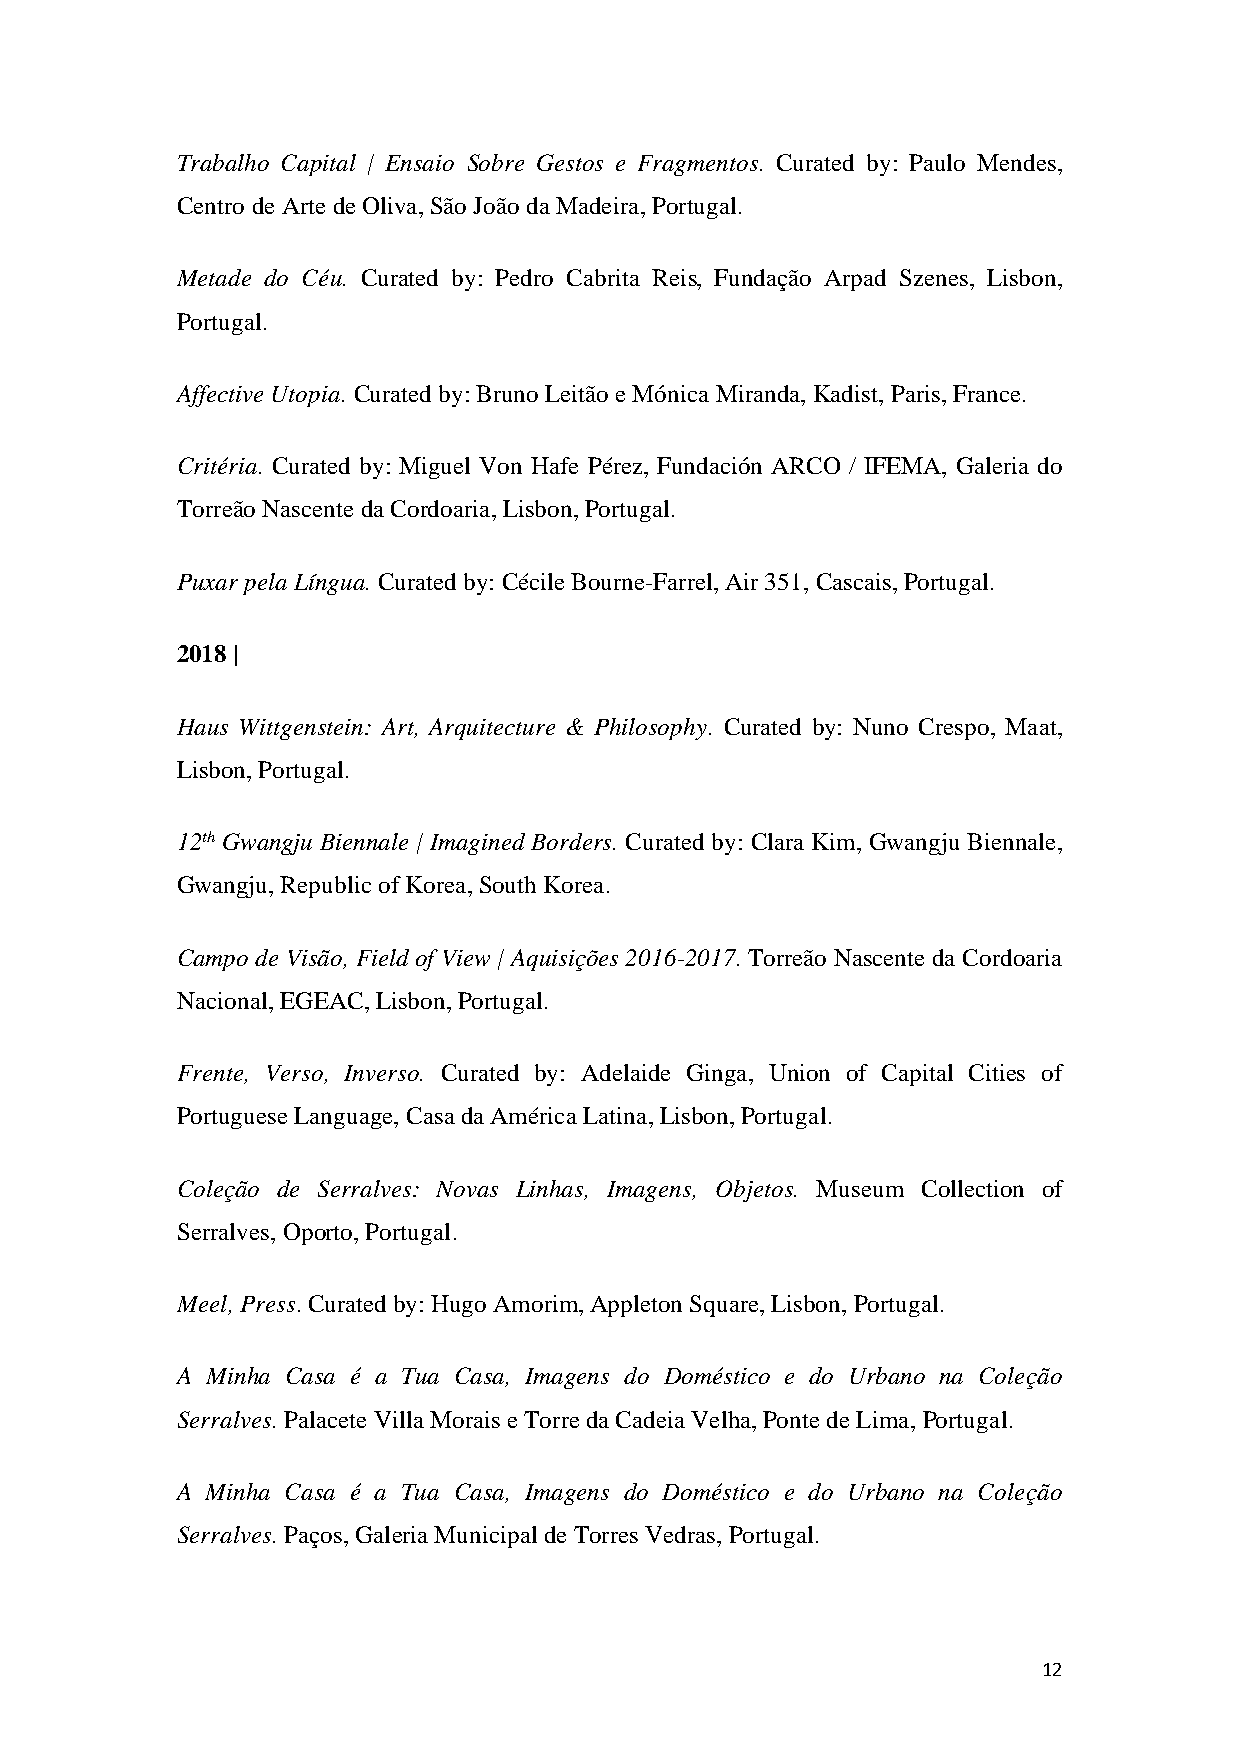
Trabalho Capital | Ensaio Sobre Gestos e Fragmentos. Curated by: Paulo Mendes,
 Centro de Arte de Oliva, São João da Madeira, Portugal.
 Metade do Céu. Curated by: Pedro Cabrita Reis, Fundação Arpad Szenes, Lisbon,
 Portugal.
 Affective Utopia. Curated by: Bruno Leitão e Mónica Miranda, Kadist, Paris, France.
 Critéria. Curated by: Miguel Von Hafe Pérez, Fundación ARCO / IFEMA, Galeria do
 Torreão Nascente da Cordoaria, Lisbon, Portugal.
 Puxar pela Língua. Curated by: Cécile Bourne-Farrel, Air 351, Cascais, Portugal.
 2018 |
 Haus Wittgenstein: Art, Arquitecture & Philosophy. Curated by: Nuno Crespo, Maat,
 Lisbon, Portugal.
 12th Gwangju Biennale | Imagined Borders. Curated by: Clara Kim, Gwangju Biennale,
 Gwangju, Republic of Korea, South Korea.
 Campo de Visão, Field of View | Aquisições 2016-2017. Torreão Nascente da Cordoaria
 Nacional, EGEAC, Lisbon, Portugal.
 Frente, Verso, Inverso. Curated by: Adelaide Ginga, Union of Capital Cities of
 Portuguese Language, Casa da América Latina, Lisbon, Portugal.
 Coleção de Serralves: Novas Linhas, Imagens, Objetos. Museum Collection of
 Serralves, Oporto, Portugal.
 Meel, Press. Curated by: Hugo Amorim, Appleton Square, Lisbon, Portugal.
 A Minha Casa é a Tua Casa, Imagens do Doméstico e do Urbano na Coleção
 Serralves. Palacete Villa Morais e Torre da Cadeia Velha, Ponte de Lima, Portugal.
 A Minha Casa é a Tua Casa, Imagens do Doméstico e do Urbano na Coleção
 Serralves. Paços, Galeria Municipal de Torres Vedras, Portugal.
 12